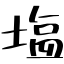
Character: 塩